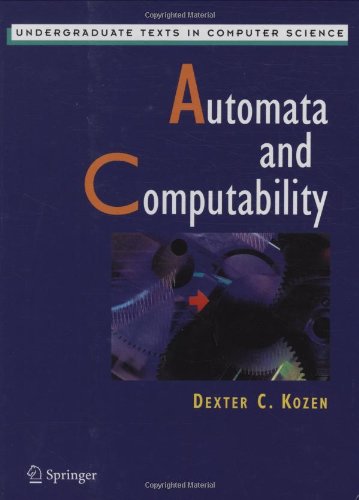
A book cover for Automata and Computability (Undergraduate Texts in Computer Science); Dexter C. Kozen; Computers & Technology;